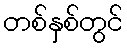
တစ်နှစ်တွင်